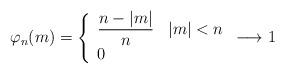
LaTeX: \begin{align*}\varphi_n(m) = \left\{ \begin{array}{ll}\dfrac{n-|m|}{n}&|m|<n\\0&\end{array}\right. \longrightarrow 1\end{align*}